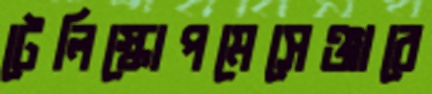
টেলিস্কোপমেসেঞ্জারে